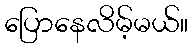
ပြောနေလိမ့်မယ်။